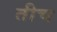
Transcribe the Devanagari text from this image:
तीच